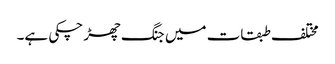
مختلف طبقات میں جنگ چھڑ چکی ہے۔